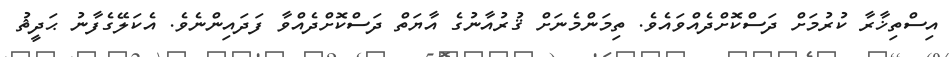
އިސްތިޚާރާ ކުރުމަށް ދަސްކޮށްދެއްވައެވެ. ތިމަންމެނަށް ޤުރުއާނުގެ އާޔަތް ދަސްކޮށްދެއްވާ ފަދައިންނެވެ. އެކަލޭގެފާނު ޙަދީޘު